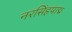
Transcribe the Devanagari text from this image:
नरसिंहपाद्म